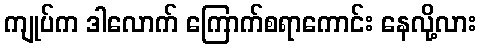
ကျုပ်က ဒါလောက် ကြောက်စရာကောင်း နေလို့လား